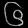
Digit: ၆